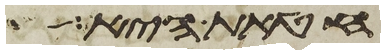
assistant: חטאת היא